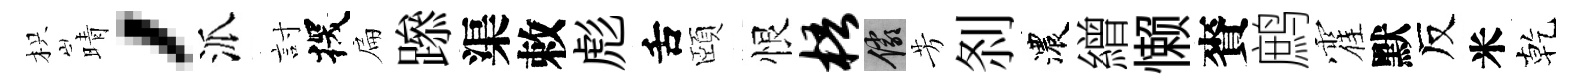
枳晴，派討探扁𨅶渠敕彪舌頤恨梧儼芳𠛴濃繒懒賚鹧霍默反米乾